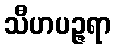
သီဟပဉ္ဇရာ